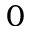
0